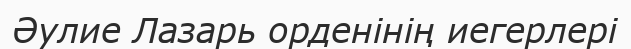
Әулие Лазарь орденінің иегерлері